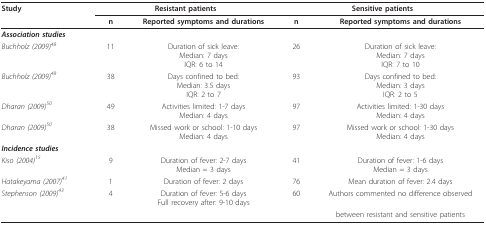
| Study | <COLSPAN=2> Resistant patients | <COLSPAN=2> Sensitive patients |
 |  | n | Reported symptoms and durations | n | Reported symptoms and durations |
 | --- | --- | --- | --- | --- |
 | Association studies |  |  |  |  |
 | Buchholz (2009)48 | 11 | Duration of sick leave:Median: 7 daysIQR: 6 to 14 | 26 | Duration of sick leave:Median: 7 daysIQR: 7 to 10 |
 | Buchholz (2009)48 | 38 | Days confined to bed:Median: 3.5 daysIQR: 2 to 7 | 93 | Days confined to bed:Median: 3 daysIQR: 2 to 5 |
 | Dharan (2009)50 | 49 | Activities limited: 1-7 daysMedian: 4 days | 97 | Activities limited: 1-30 daysMedian: 4 days |
 | Dharan (2009)50 | 38 | Missed work or school: 1-10 daysMedian: 4 days | 97 | Missed work or school: 1-30 daysMedian: 4 days |
 | Incidence studies |  |  |  |  |
 | Kiso (2004)15 | 9 | Duration of fever: 2-7 daysMedian = 3 days | 41 | Duration of fever: 1-6 daysMedian = 3 days |
 | Hatakeyama (2007)41 | 1 | Duration of fever: 2 days | 76 | Mean duration of fever: 2.4 days |
 | Stephenson (2009)43 | 4 | Duration of fever: 5-6 daysFull recovery after: 9-10 days | 60 | Authors commented no difference observed |
 |  |  |  |  | between resistant and sensitive patients |